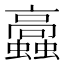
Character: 𧕔